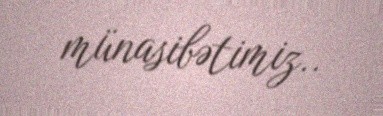
münasibətimiz..